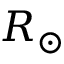
R _ { \odot }